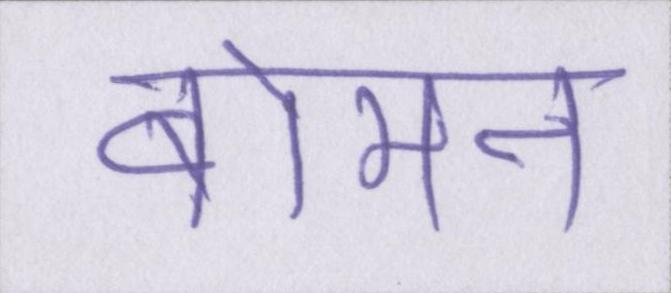
बोमन